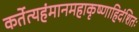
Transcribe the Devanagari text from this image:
कर्तेत्यहंमानमहाकृष्णाहिदंशितः